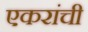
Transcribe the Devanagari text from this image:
एकरांची